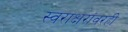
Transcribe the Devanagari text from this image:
स्वराक्षरांवरही